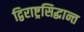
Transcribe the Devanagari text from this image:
द्विराष्ट्रसिद्धान्त